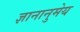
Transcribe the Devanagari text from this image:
ज्ञानानुमेय